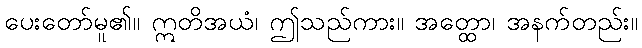
ပေးတော်မူ၏။ ဣတိအယံ၊ ဤသည်ကား။ အတ္ထော၊ အနက်တည်း။